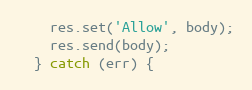
Language: JavaScript
    res.set('Allow', body);
    res.send(body);
  } catch (err) {